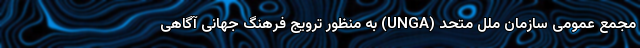
مجمع عمومی سازمان ملل متحد (UNGA) به منظور ترویج فرهنگ جهانی آگاهی